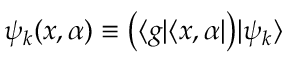
\psi _ { k } ( x , \alpha ) \equiv \big ( \langle g | \langle x , \alpha | \big ) | \psi _ { k } \rangle